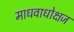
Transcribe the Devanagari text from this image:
माधवाधोक्षज